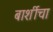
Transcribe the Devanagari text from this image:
बार्शीचा